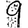
Digit: 9